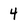
Character: 4